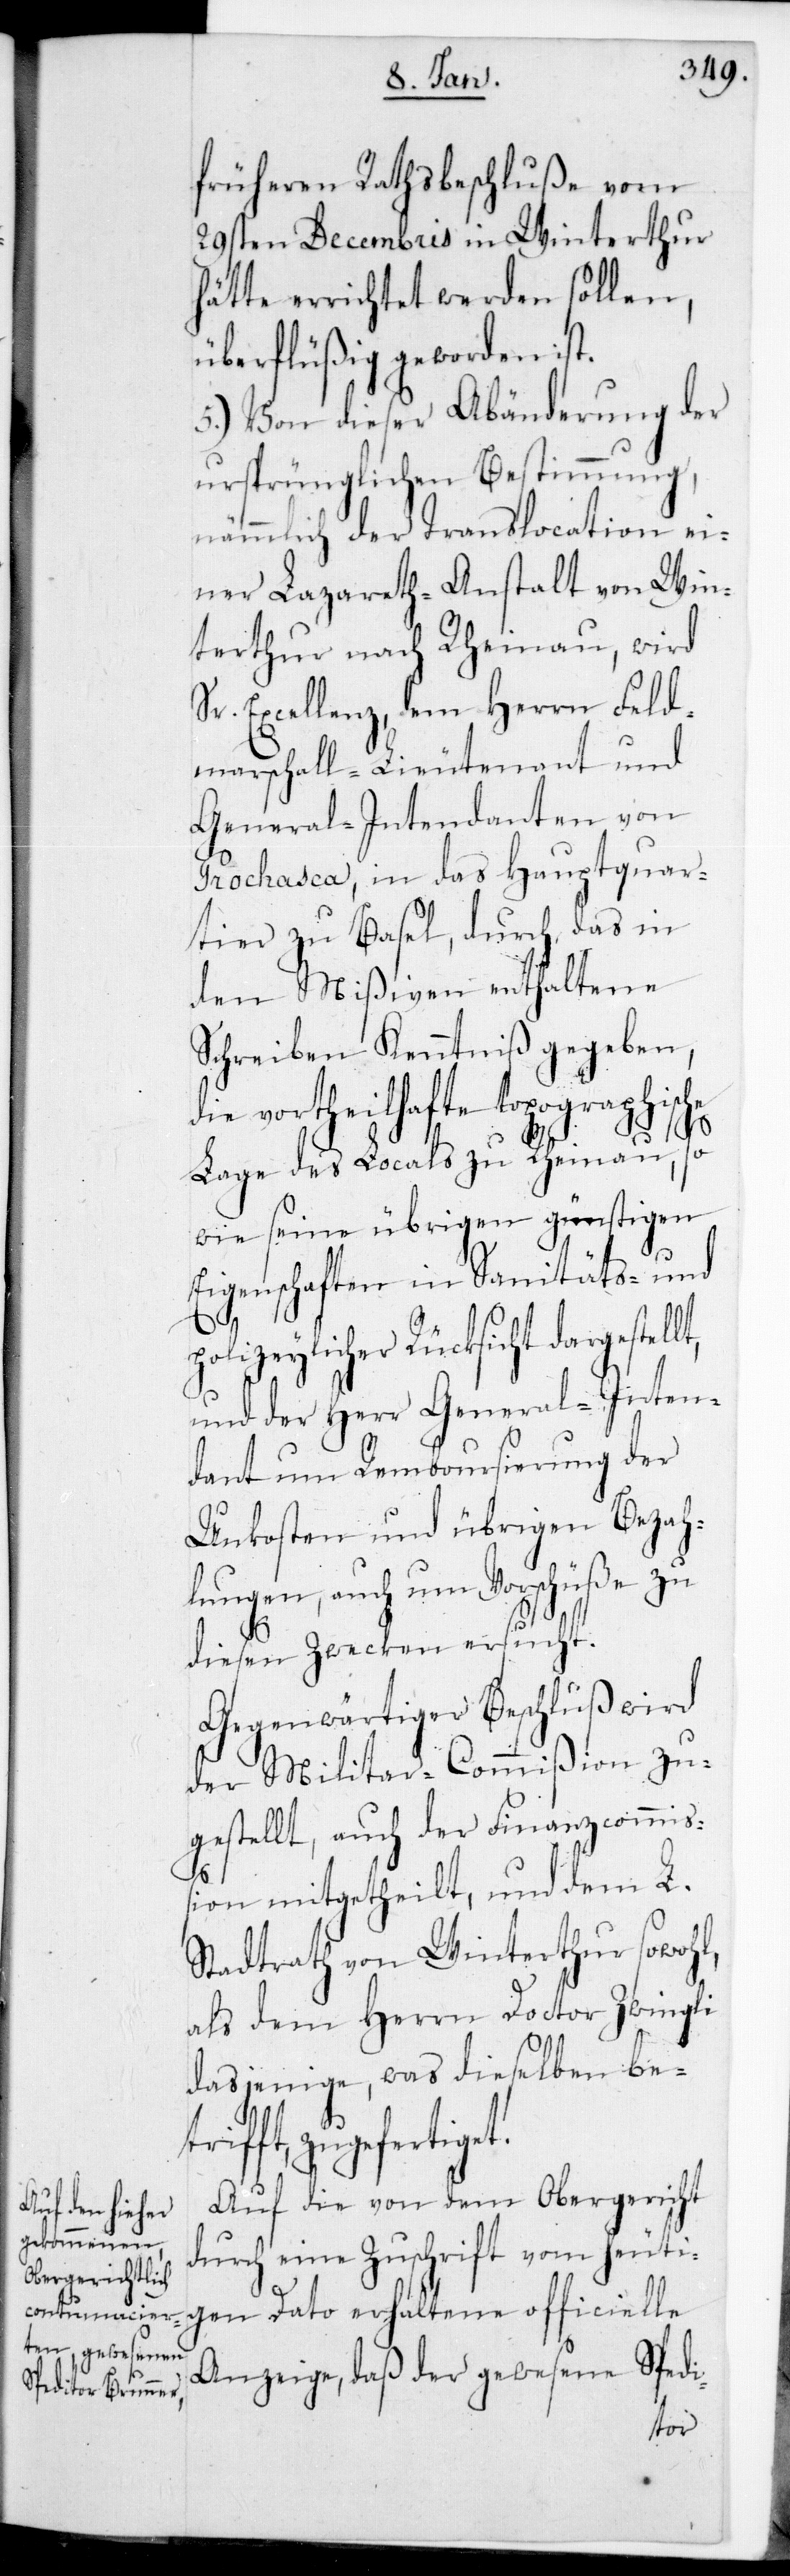
früheren Rathsbeschluße vom
29sten Decembris in Winterthur
hätte errichtet werden sollen,
überflüßig geworden ist.
5.) Von dieser Abänderung der
ursprünglichen Bestimmung,
nämmlich der Translocation ei¬
ner Lazareth-Anstalt von Win¬
terthur nach Rheinau, wird
Sr. Excellenz dem Herrn Feld¬
marschall-Lieutenant und
General-Intendanten von
Prochasca, in das Hauptquar¬
tier zu Basel, durch das in
den Mißiven enthaltene
Schreiben Kenntniß gegeben,
die vortheilhafte topographische
et.
Lage des Locals zu Rheinau, so¬
wie seine übrigen günstigen
Eigenschaften in Sanitäts- und
polizeylicher Rücksicht dargestel¬
und der Herr General-Inten¬
dant um Remboursierung der
Unkosten und übrigen Bezah¬
lungen, auch um Vorschüße zu
diesen Zwecken ersucht.
Gegenwärtiger Beschluß wird
der Militar-Commißion zu¬
gestellt, auch der Finanzcommiß¬
ion mitgetheilt, und dem L.
Stadtrath von Winterthur sowohl,
als dem Herrn Doctor Zwingli
dasjenige, was dieselben betr¬
ifft, zugefertig¬
Auf die von dem Obergericht
durch eine Zuschrift vom heuti¬
gen Dato erhaltene officielle
Anzeige, daß der gewesene Spedi-